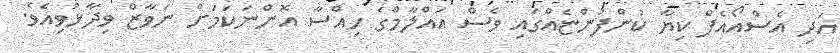
އަދި އެސްއޯއެފް ކިޔާ ކުންފުންޏެއްގައި ވެސް އައްލާމްގެ ހިއްސާ އޮންނަކަަމަށް ނަވާޒް ވިދާޅުވިއެވެ.